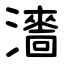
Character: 瀒